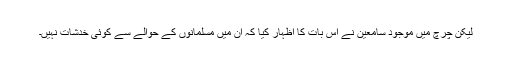
لیکن چرچ میں موجود سامعین نے اس بات کا اظہار کیا کہ ان میں مسلمانوں کے حوالے سے کوئی خدشات نہیں۔